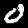
Label: 0